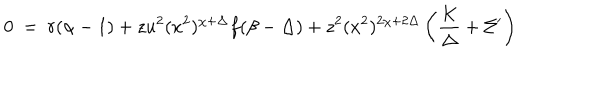
0 ~ = ~ r ( \alpha - 1 ) + z u ^ { 2 } ( x ^ { 2 } ) ^ { \chi + \Delta } f ( \beta - \Delta ) + z ^ { 2 } ( x ^ { 2 } ) ^ { 2 \chi + 2 \Delta } \left( \frac { K } { \Delta } + \Sigma ^ { \prime } \right)